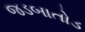
જડબાતોડ